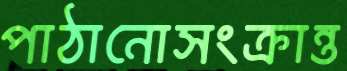
পাঠানোসংক্রান্ত